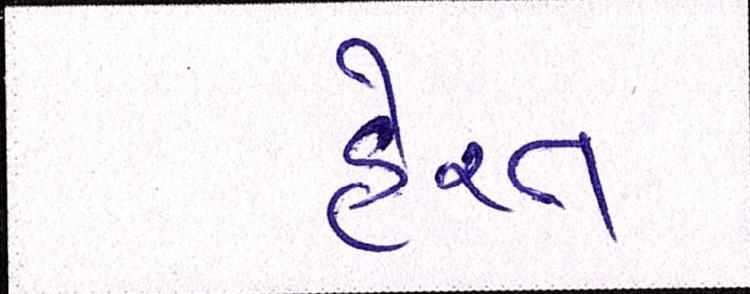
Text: હેરત